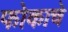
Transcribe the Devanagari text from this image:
फोकाचे